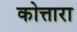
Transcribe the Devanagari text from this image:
कोत्तारा